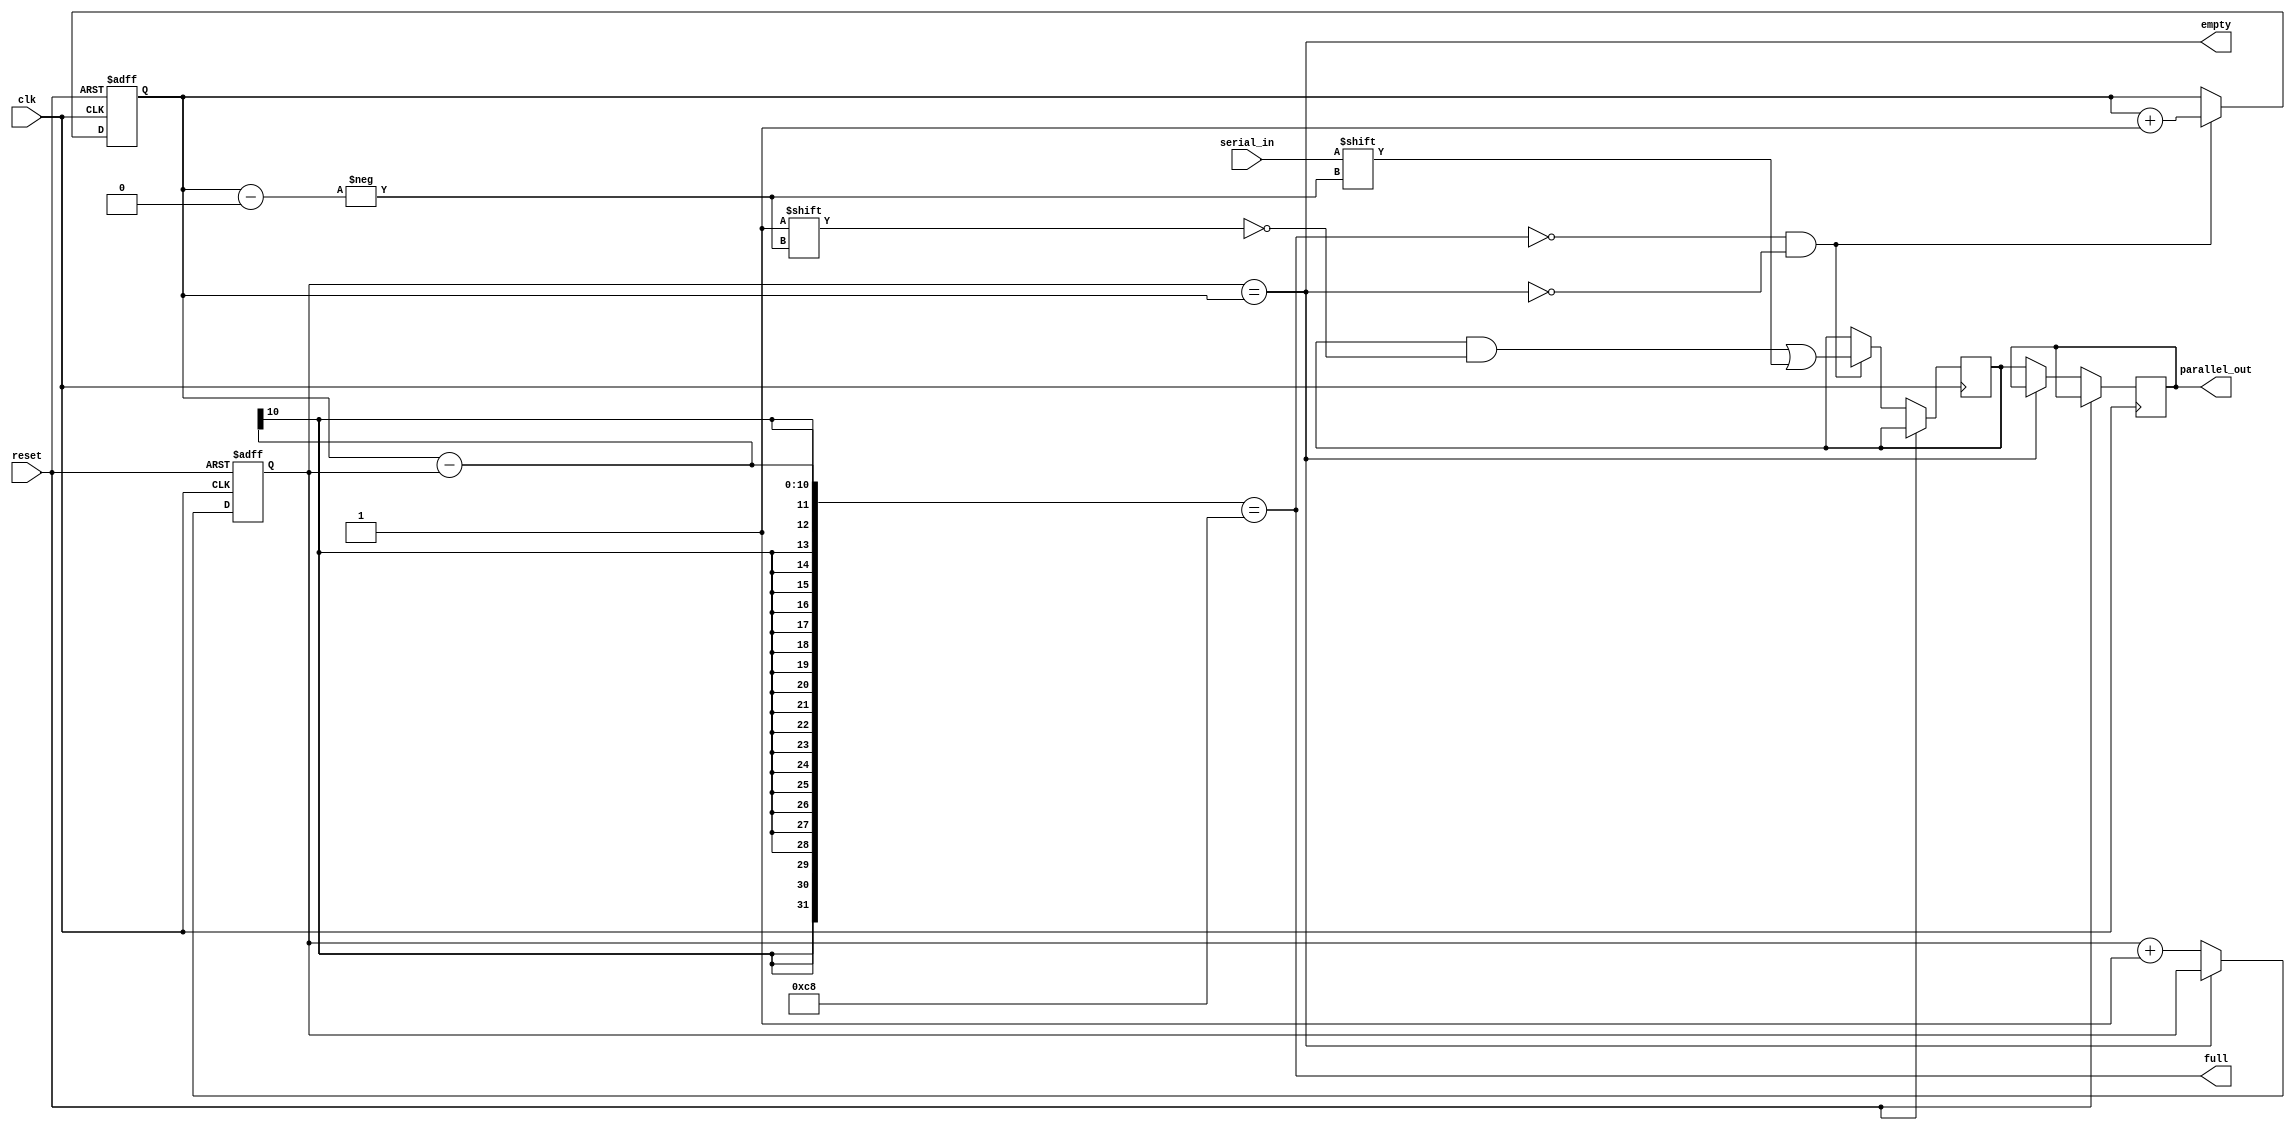
module sipo (
  input wire clk,
  input wire reset,
  input wire serial_in,
  output reg [199:0] parallel_out,
  output wire empty,
  output wire full
);
  
  reg [9:0] rd_ptr, wr_ptr;
  reg [199:0] mem;
  
  always @(posedge clk or posedge reset) begin
    if (reset) begin
      rd_ptr <= 10'b0;
      wr_ptr <= 10'b0;
    end else begin
      if (!full && !empty) begin
        mem[wr_ptr] <= serial_in;
        wr_ptr <= wr_ptr + 1;
      end
      if (!empty) begin
        parallel_out <= mem;
        rd_ptr <= rd_ptr + 1;
      end
    end
  end
  
  assign empty = (rd_ptr == wr_ptr);
  assign full = (wr_ptr - rd_ptr == 200);
endmodule